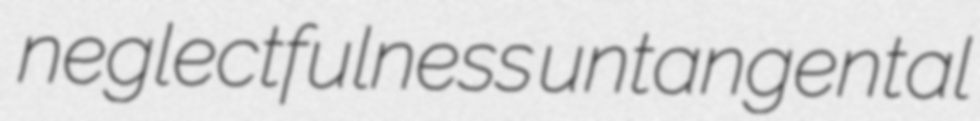
neglectfulness untangental